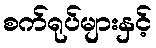
စက်ရုပ်များနှင့်